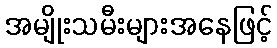
အမျိုးသမီးများအနေဖြင့်